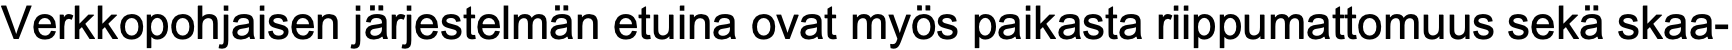
Verkkopohjaisen järjestelmän etuina ovat myös paikasta riippumattomuus sekä skaa-